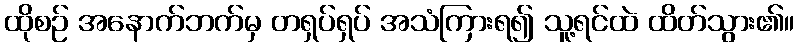
ထိုစဉ် အနောက်ဘက်မှ တရှပ်ရှပ် အသံကြားရ၍ သူ့ရင်ထဲ ထိတ်သွား၏။